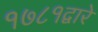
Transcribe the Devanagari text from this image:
१७८१द्वारे